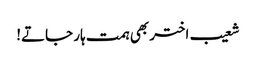
شعیب اختر بھی ہمت ہار جاتے!